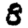
Digit: 8